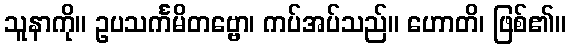
သူနာကို။ ဥပသင်္ကမိတဗ္ဗော၊ ကပ်အပ်သည်။ ဟောတိ၊ ဖြစ်၏။